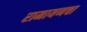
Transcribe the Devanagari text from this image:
रामायणचा